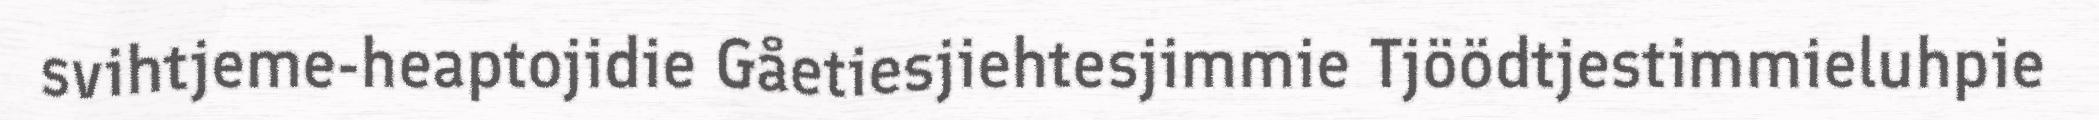
svihtjeme-heaptojidie Gåetiesjiehtesjimmie Tjöödtjestimmieluhpie